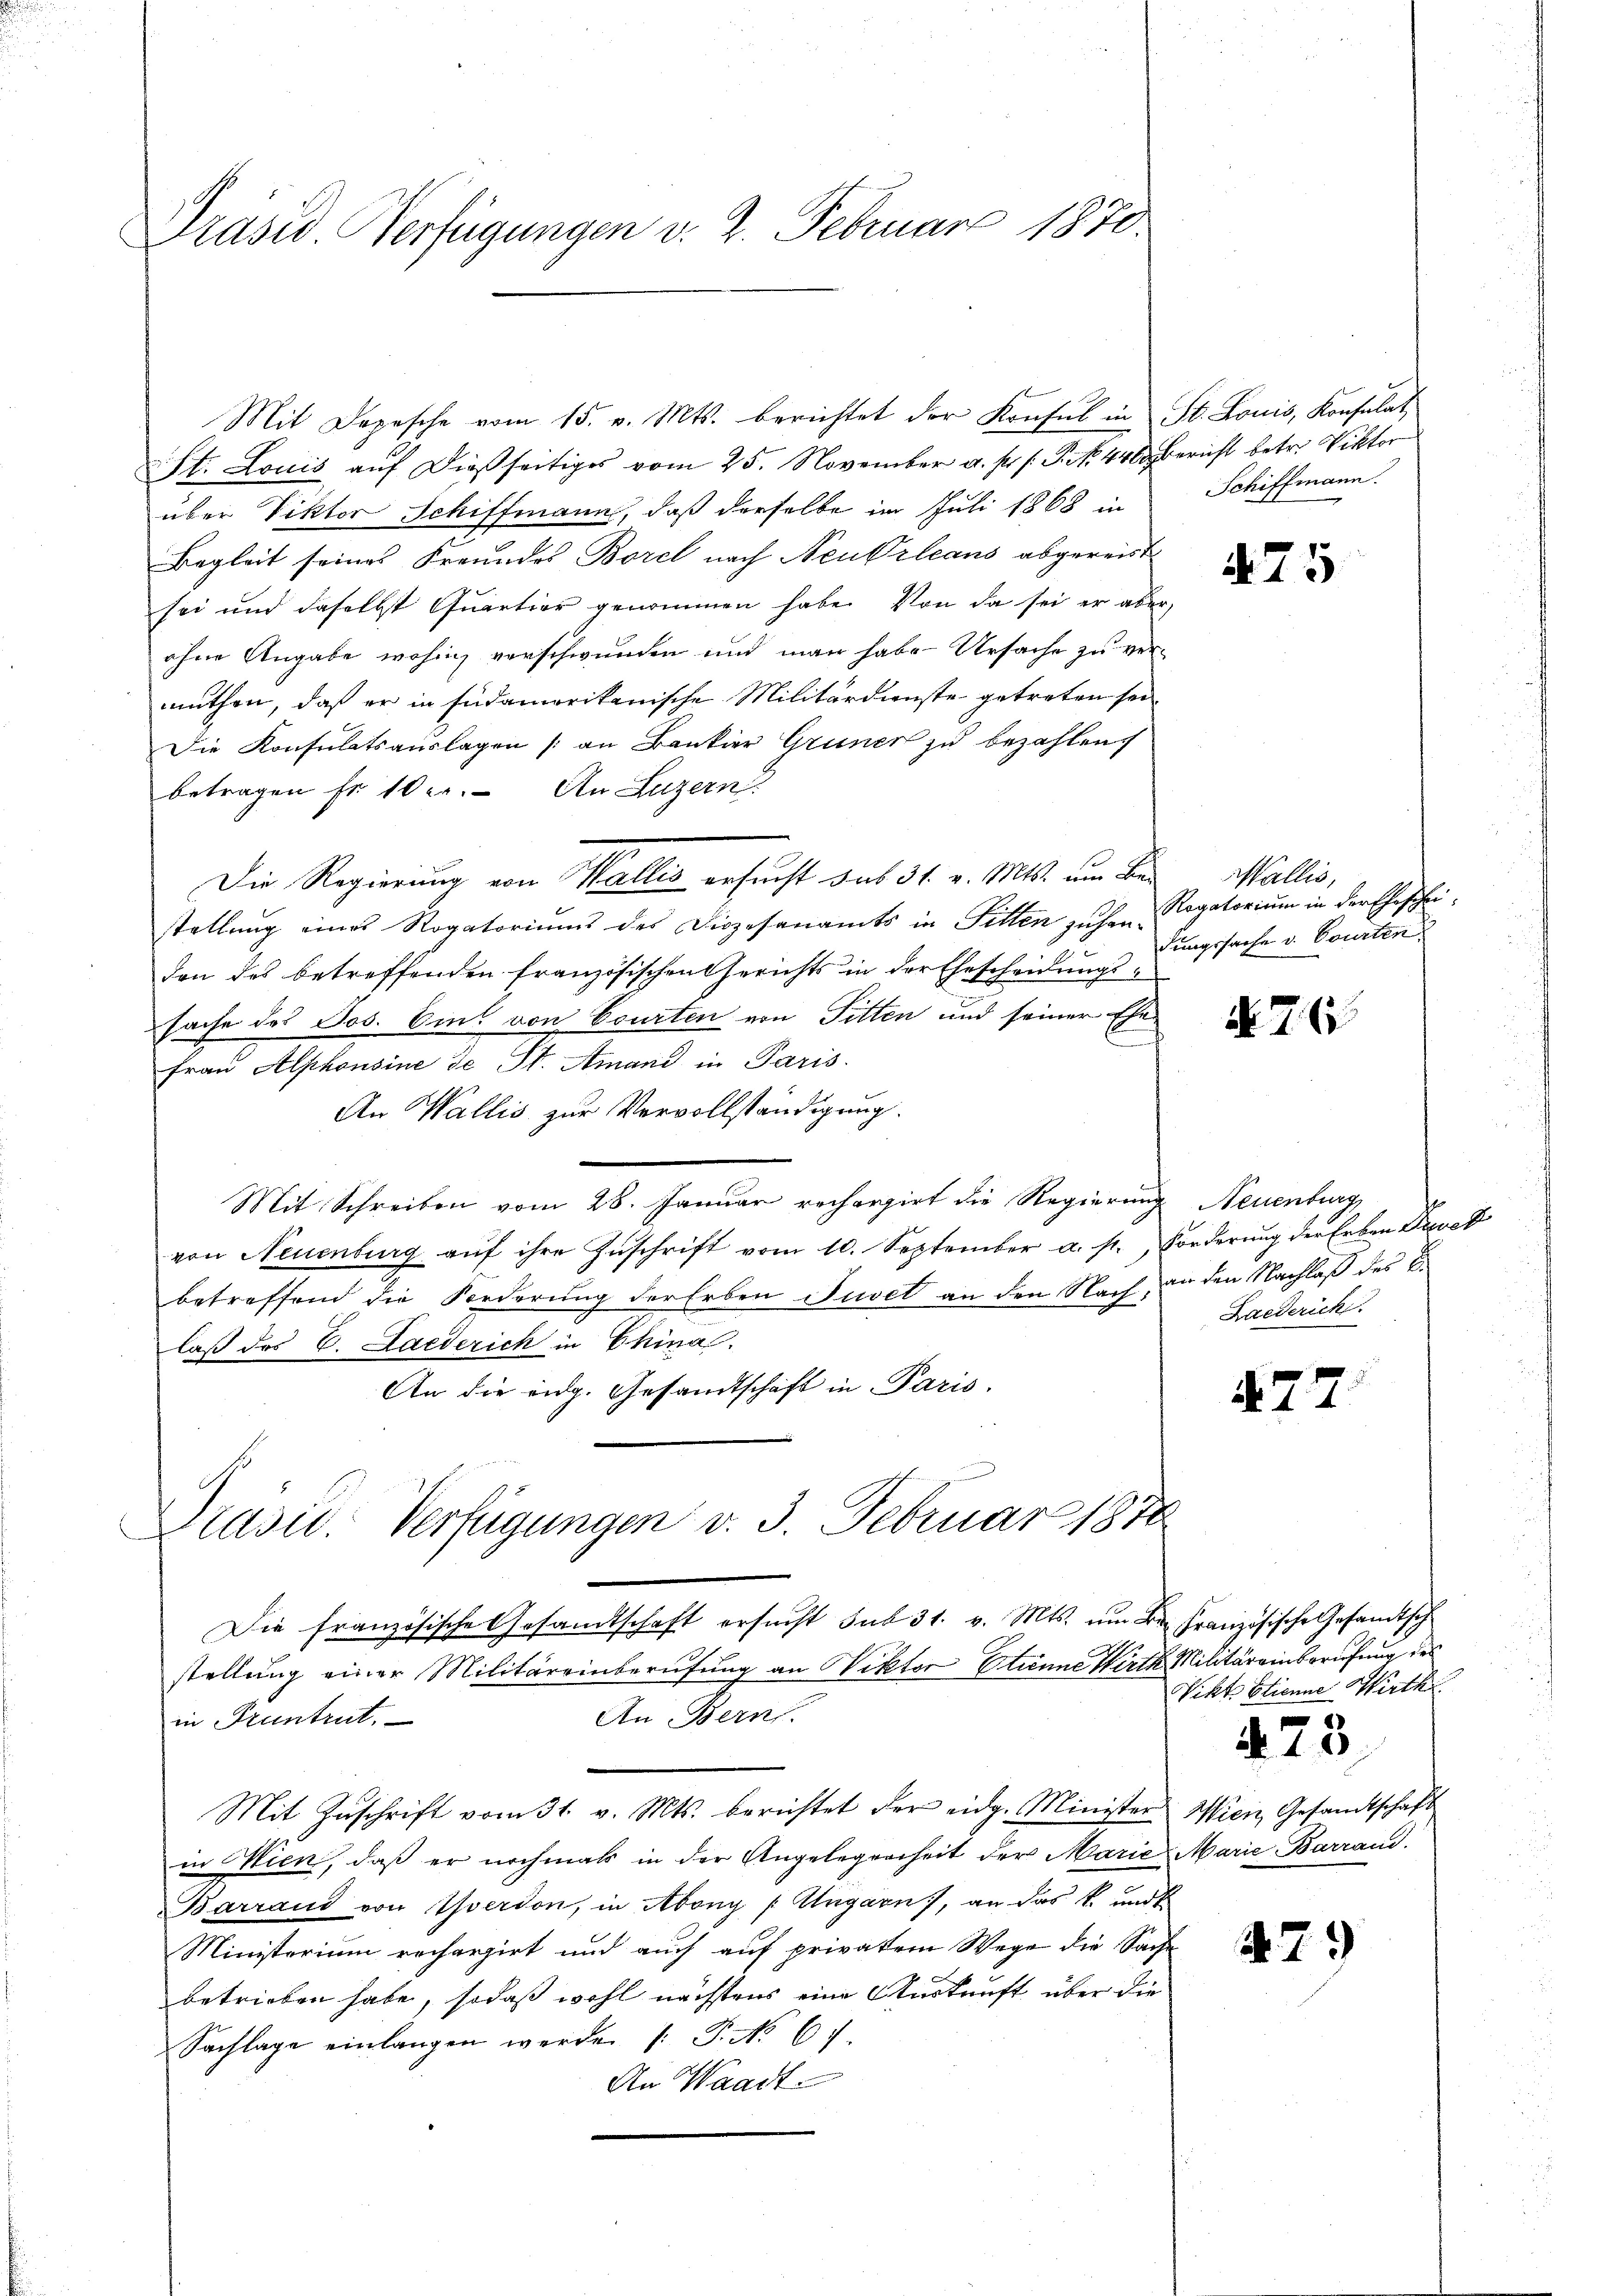
Präsid. Verfügungen v. 2. Februar 1870.

Mit Depesche vom 15. v. Mts. berichtet der Konsul in St. Louis, Konsulat
St. Louis aŭf dießseitiges vom 25. November a. p. /: P. N. 440 bericht betr. Viktor
über Viktor Schiffmann, daß derselbe im Juli 1868 in
Begleit seines Freundes Borel nach Neubrleans abgereist
sei und daselbst Quartier genommen habe. Von da sei er aber,
ohne Angabe wohin verschwunden und man habe Ursache zu ver-
muthen, daß er in südamerikanische Militärdienste getreten sei
Die Konsulatsauslagen (an Bankier Grüner zu bezahlen.
betragen fr. 102. An Luzern.
Die Regierung von Wallis ersucht das 31. v. Mts. um Bestellung eines Rogatoriums des Diözesanamts in Fitten zuhen Rogatorium in der Ehescheidon des betreffenden französischen Gerichts in der Ehescheidungs-
sache des Jos. Eins von Courten von Fitten und seiner Ehe¬
Frau Alphonsine de St. Amand in Paris
An Wallis zur Vervollständigung.
Mit Schreiben vom 28. Januar rechargirt die Regierung Neuenburg,
von Neuenburg aŭf ihre Zŭschrift vom 10. September a. s. Forderŭng der Erben Direk
betreffend die Forderung der Erben Juvel an den Nach an den Nachlaß des C.
laß des C. Laederich in China
An die eidg. Gesandtschaft in Paris.
Präsid. Verfügungen v. 3. Februar 1870

Schiffmann.

Die französische Gesandtschaft ersucht sub 31. v. Mts. um Br. Französische Gesandtsch
stellung einer Militäreinberufung an Viktor Etienne Wirth Militäreinberufung des
An Bern.
in Pruntrut.
Mit Zŭschrift vom 31. v. Mts. berichtet der eidg. Minister Wien Gesandtschaft
in Hien, daß er nochmals in der Angelegenheit der Marie Marie Barrand.
Barraud von Yverdon, in Abony /: Ungarn, an das k. und
Ministerium recherzirt und auch auf privatem Wege die Sache
betrieben habe, sodaß wohl nächstens eine Auskunft über die
Sachlage einlangen werden /: P. Nr. 67.
An Waadt

A 75

Wallis,
dungssache v. Courten

No. 76

Laederich.

477

Vikt Etienne Wirth
423

479